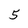
Character: 5